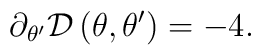
\partial _{\theta ^{\prime }}\mathcal{D}\left( \theta ,\theta ^{\prime}\right) =-4.